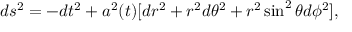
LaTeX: d s ^ { 2 } = - d t ^ { 2 } + a ^ { 2 } ( t ) [ d r ^ { 2 } + r ^ { 2 } d \theta ^ { 2 } + r ^ { 2 } \sin ^ { 2 } \theta d \phi ^ { 2 } ] ,